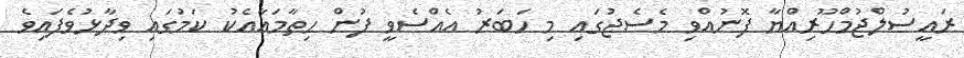
ރައީސުލްޖުމްހޫރިއްޔާ ފޮނުއްވި މެސެޖުގައި މި ހަބަރު އެއްސެވީ ފުން ހިތާމައާއެކު ކަމުގައި ވިދާޅުވެފައިވެ